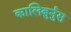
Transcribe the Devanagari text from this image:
कालिबुर्नुस